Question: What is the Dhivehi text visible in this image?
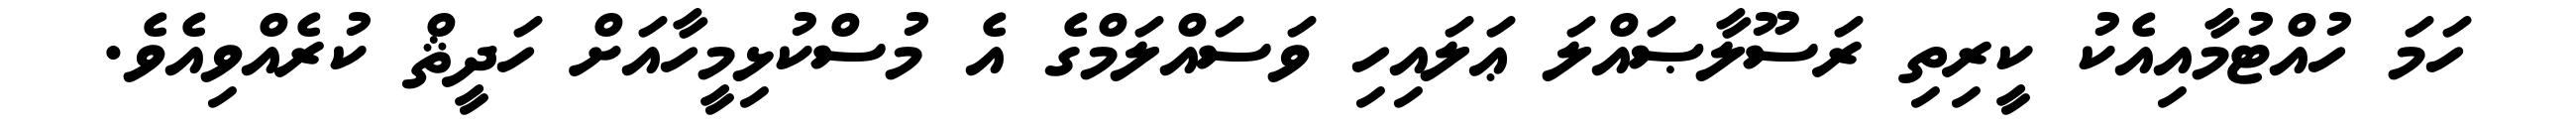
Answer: ހަމަ ހުއްޓުމާއިއެކު ކީރިތި ރަސޫލާޞައްލަ ޢަލައިހި ވަސައްލަމްގެ އެ މުސްކުޅިމީހާއަށް ހަދީޘް ކުރެއްވިއެވެ.